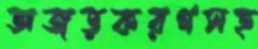
অজড়করণসহ